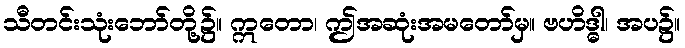
သီတင်းသုံးဘော်တို့၌။ ဣတော၊ ဤအဆုံးအမတော်မှ။ ဗဟိဒ္ဓါ၊ အပ၌။